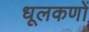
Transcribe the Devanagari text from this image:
धूलकणों